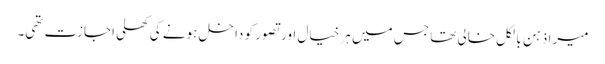
میرا ذہن بالکل خالی تھا جس میں ہر خیال اور تصور کو داخل ہونے کی کھلی اجازت تھی۔